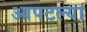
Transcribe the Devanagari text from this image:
आपटल्या